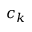
c _ { k }